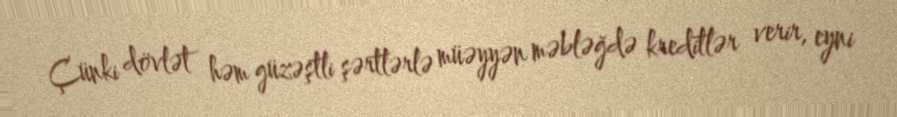
Çünki dövlət həm güzəştli şərtlərlə müəyyən məbləğdə kreditlər verir, eyni